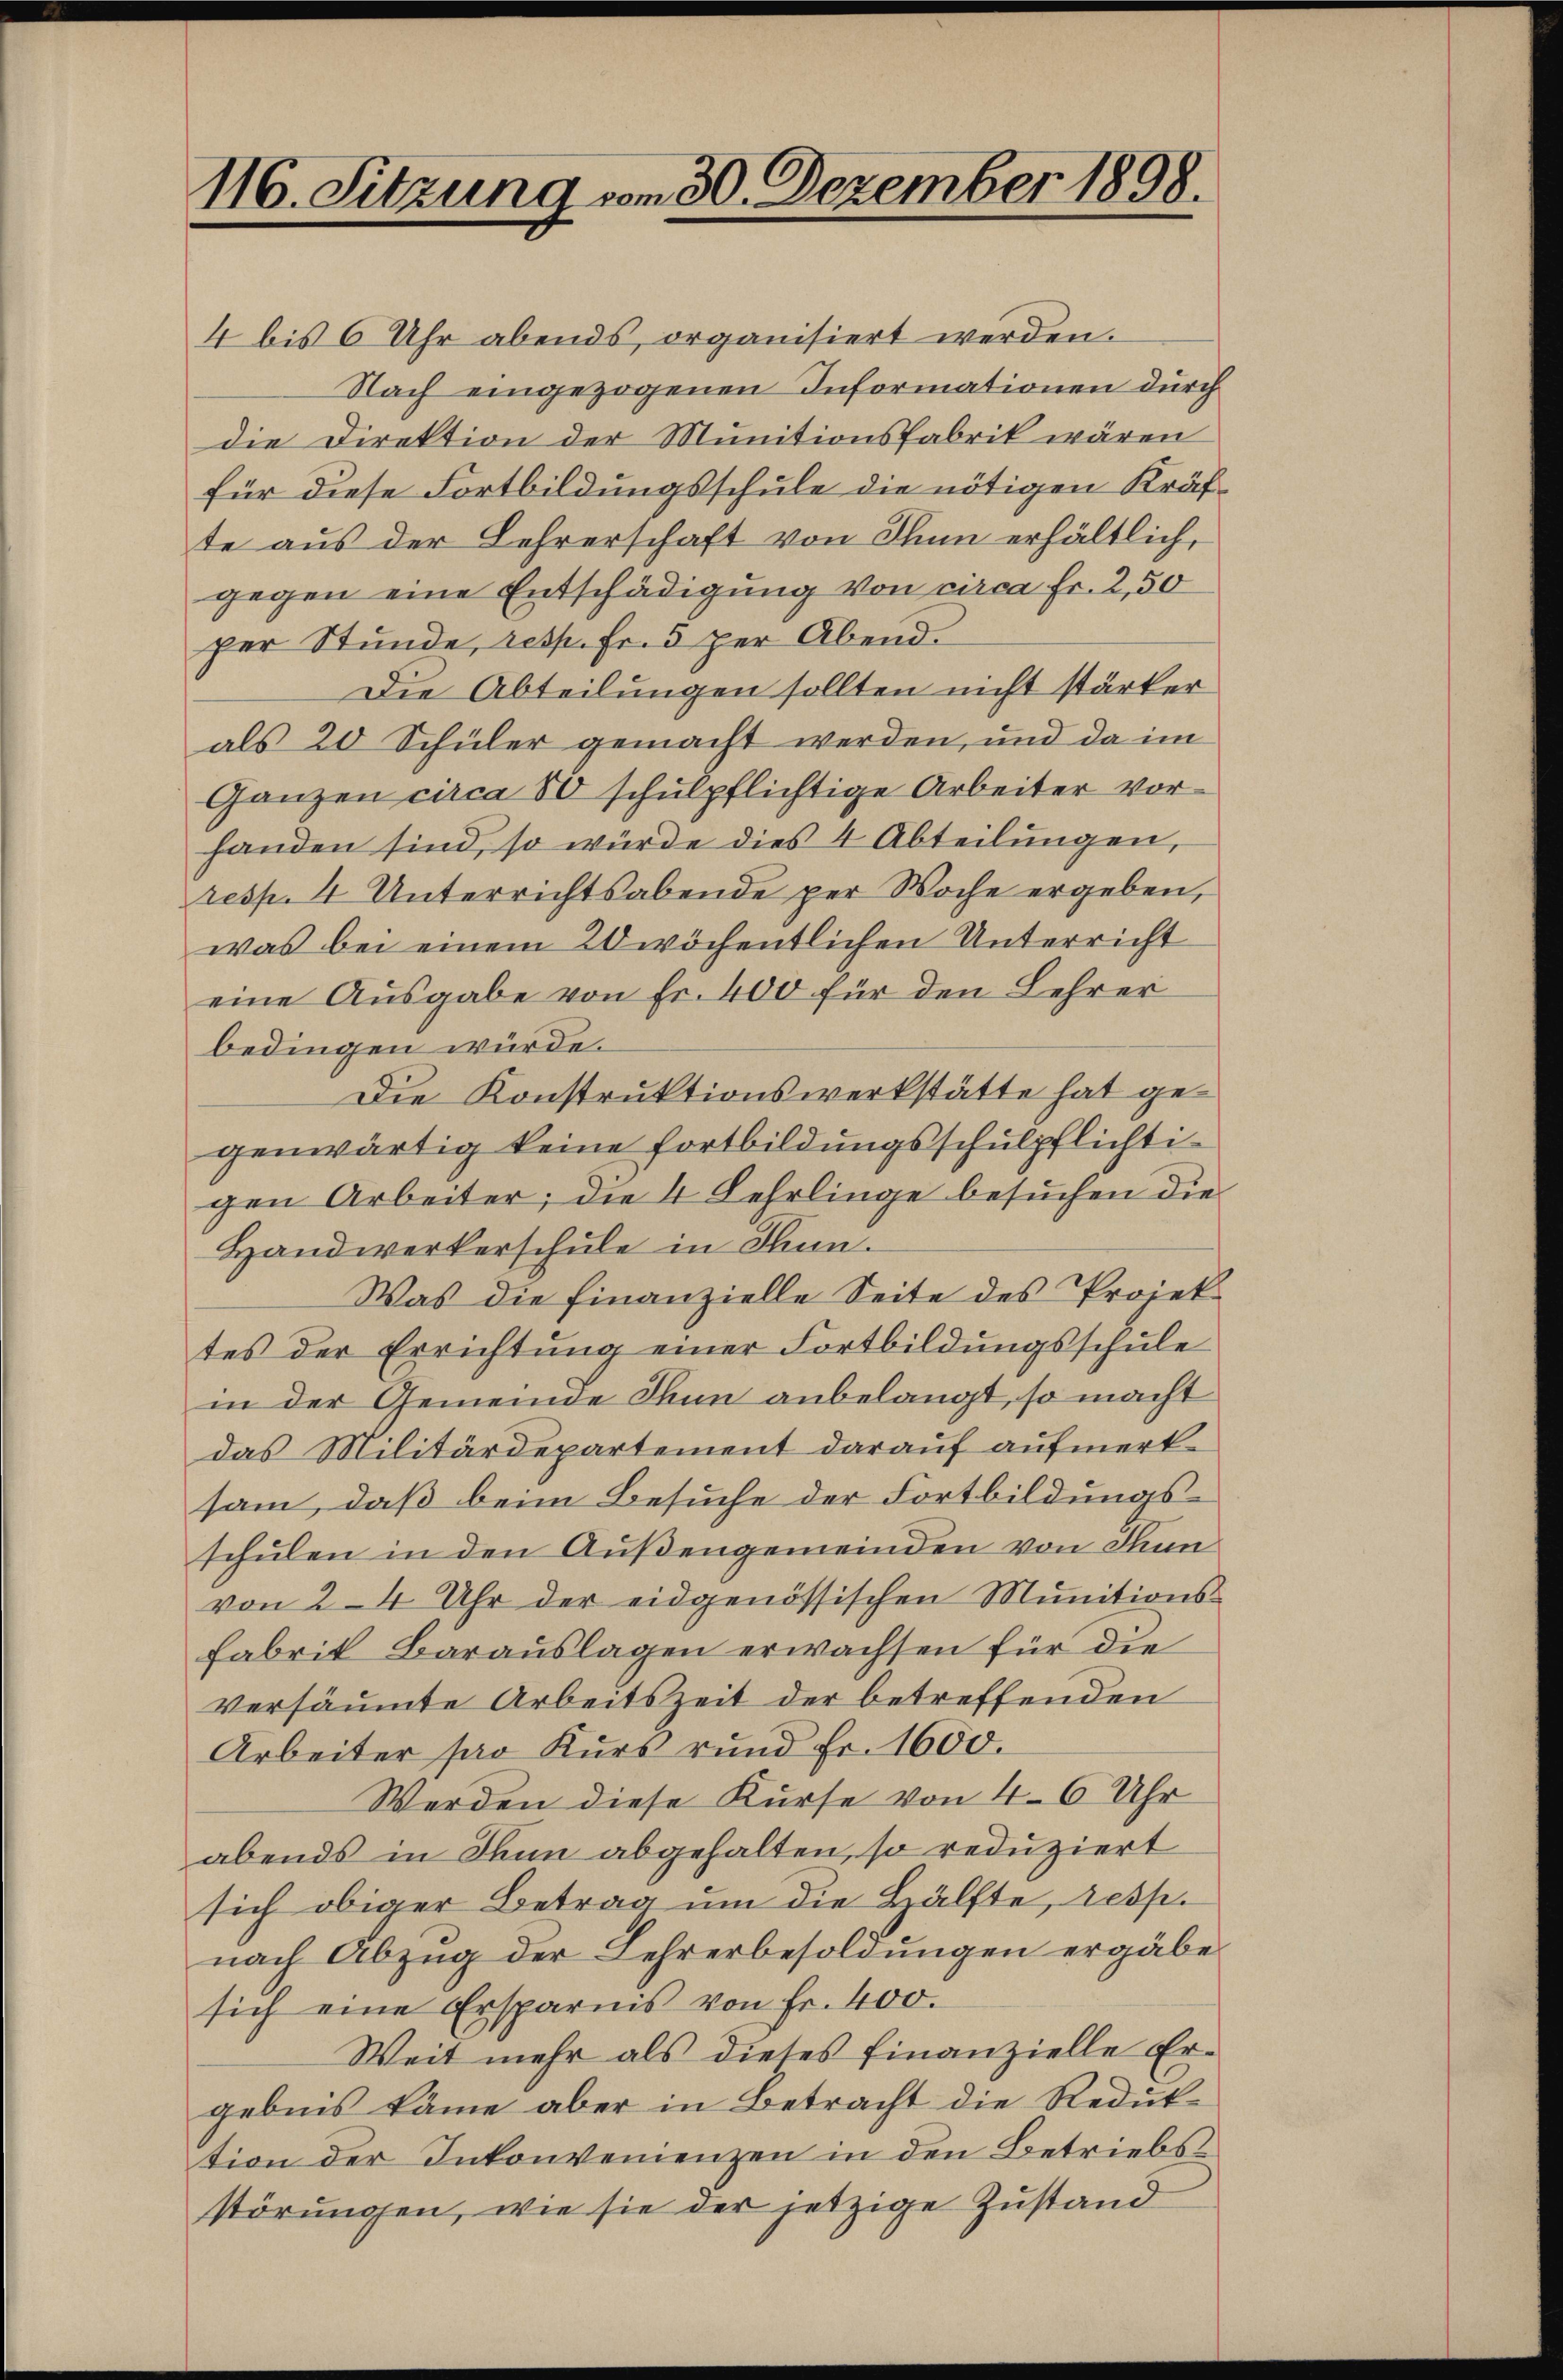
116. Sitzung vom 30. Dezember 1898.

4 bis 6 Uhr abends organisiert werden.
Nach eingezogenen Informationen durch
die Direktion der Munitionsfabrik wären
für diese Fortbildungsschule die nötigen Kräfte aus der Lehrerschaft von Thun erhältlich,
gegen eine Entschädigung von circa Fr. 2,50
per Stunde, resp. Fr. 5 per Abend.
Die Abteilungen sollten nicht stärker
als 20 Schüler gemacht werden, und da im
Ganzen circa 80 schulpflichtige Arbeiter vorhanden sind, so würde dies 4 Abteilungen,
resp. 4. Unterrichtsabende per Woche ergeben,
was bei einem 20 wöchentlichen Unterricht
eine Ausgabe von Fr. 400 für den Lehrer
bedingen würde.
Die Konstruktionswerkstätte hat gegenwärtig keine Fortbildungsschulpflichtigen Arbeiter; die 4 Lehrlinge besuchen die
Handwerkerschule in Thun.
Was die Finanzielle Seite des Projektes der Errichtŭng einer Fortbildŭngsschŭle
in der Gemeinde Thun anbelangt, so macht
das Militärdepartement darauf aufmerksam, daß beim Besuche der Fortbildungsschulen in den Außengemeinden von Stunvon 2-4 Uhr der eidgenössischen Munitions-
Fabrik Barauslagen erwachsen für die
versäumte Arbeitszeit der betreffenden
Arbeiter par Kurs rund Fr. 1600.
Werden diese Kurse von 4-6 Uhr
abends in Thun abgehalten, so reduziert
sich obiger Betrag um die Hälfte, resp.
nach Abzug der Lehrerbesoldungen ergäbe.
sich eine Ersparnis von Fr. 400.
Weit mehr als dieses finanzielle Ergebnis käme aber in Betracht die Reduktion der Inkonvenienzen in den Betriebs
störungen, wie sie der jetzige Zustand